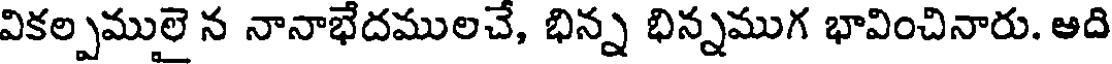
వికల్పములై న నానాభేదములచే, భిన్న భిన్నముగ భావించినారు. ఆది